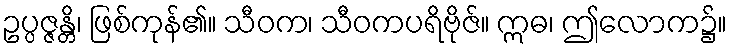
ဥပ္ပဇ္ဇန္တိ၊ ဖြစ်ကုန်၏။ သီဝက၊ သီဝကပရိဗိုဇ်။ ဣဓ၊ ဤလောက၌။